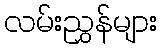
လမ်းညွှန်များ